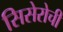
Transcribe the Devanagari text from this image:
सिसेरोची